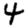
Digit: 4